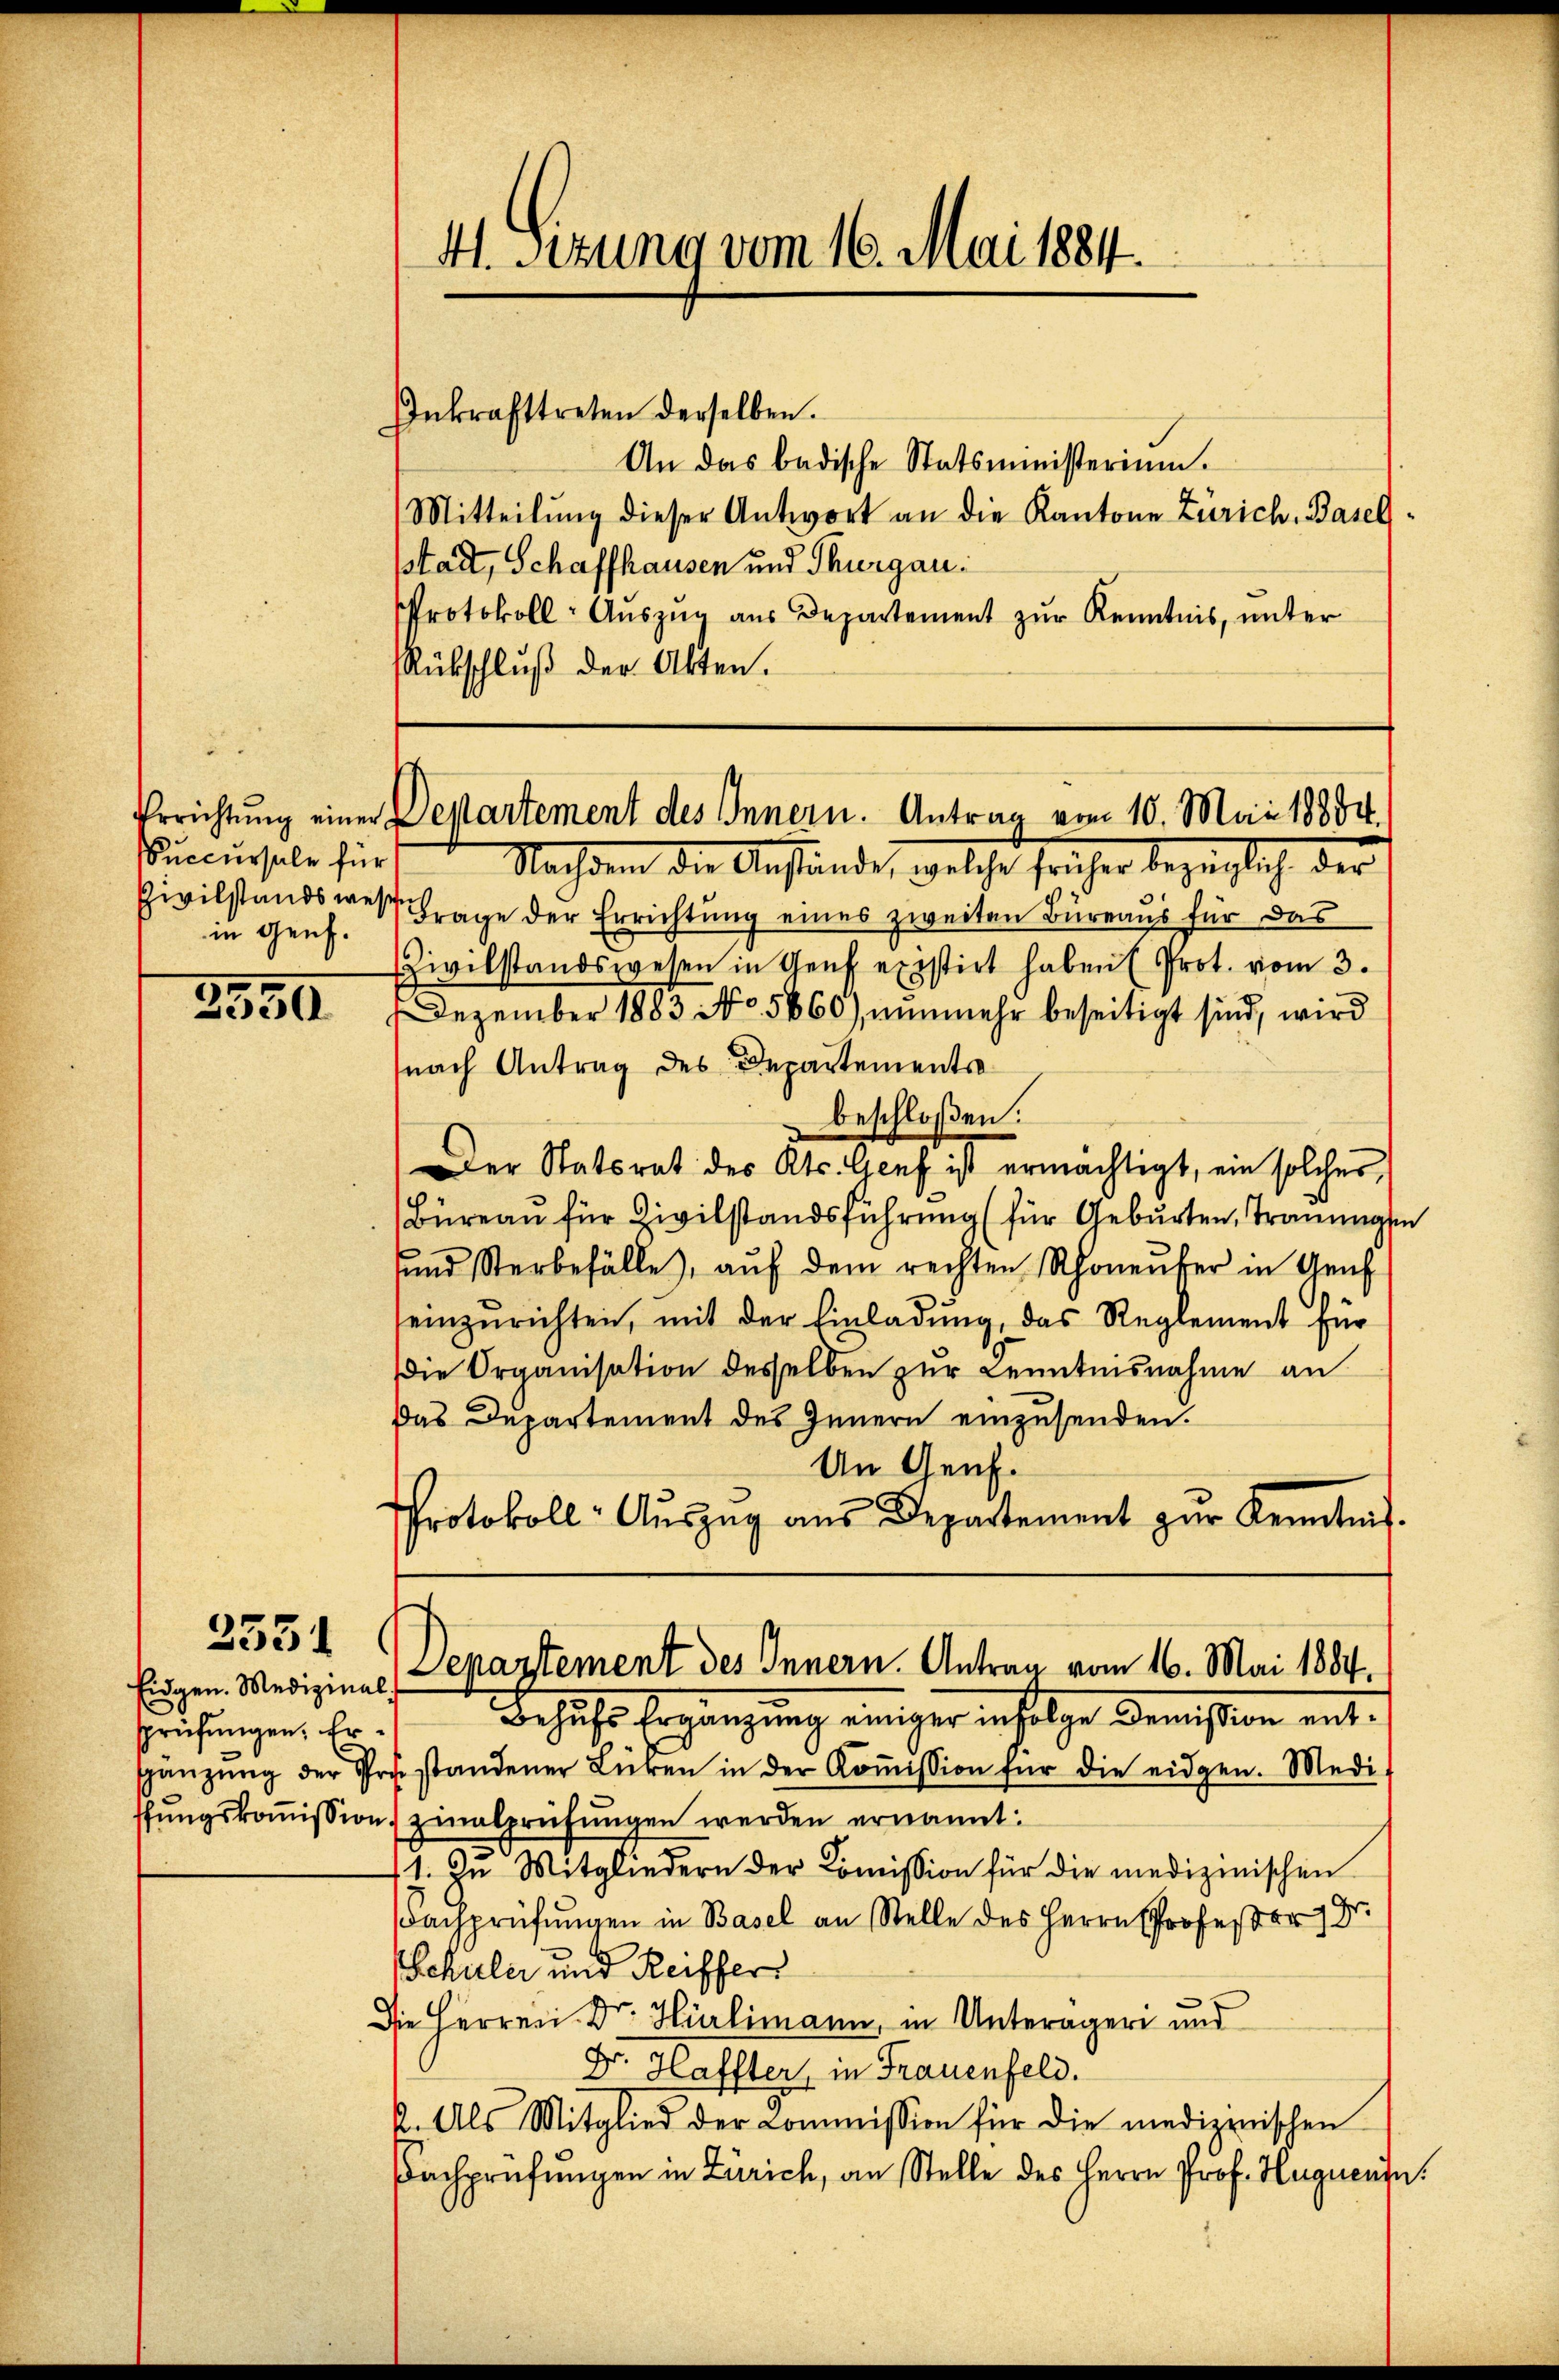
Succursale für
in Genf.

3550

3351

sprüfungen. Er

41. Sizung vom 16. Mai 1884.

Inkrafttreten derselben.

An das badische Statsministerium.
Mitteilŭng dieser Antwort an die Kantone Zürich, Basel
sstadt, Schaffhausen und Thurgau.
Protokoll- Auszug aus Departement zur Kenntnis, unter
Rückschluß der Akten.

Errichtung einer Departement des Innern. Antrag vom 10. Mai 18884.

Nachdem die Anstände, welche früher bezüglich der
Pivilstands wesen Frage der Errichtung eines zweiten Büreaus für das
Civilstandswesen in Genf existirt haben (Prot. vom 3.
Dezember 1883 No 5860), nunmehr beseitigt sind, wird
nach Antrag des Departementsbeschloßen:
Der Statsrat des Kts. Genf ist ermächtigt, ein solcher
Büreau für Civilstandsführung (für Geburten, Trauungen
ŭnd Sterbefälle, aŭf dem rechten Schoneŭfer in Genf
seinzurichten, mit der Einladŭng, das Reglement für
Die Organisation desselben zur Kenntnisnahme an
Das Departement des Innern einzusenden.
An Genf.
Protokoll-Aŭszŭg aŭs Departement zur Kenntnis.

Eidgen. Medizinal, Departement des Innern. Antrag vom 16. Mai 1884.

Besuchts Ergänzung einiger infolge Demission entsänzŭng der Postandener Lücken in der Koṁission für die eidgen. Medit
ffungskoṁission zinalprüfungen werden ernannt:
t. In Mitgliedern der Koṁission für die medizinischen
achprüfŭngen in Basel an Stelle des Herrn Professor Dr.
Schuler und Reiffer
Die Herren Dr. Hürlimann, in Unterägeri und
Dr. Haffter, in Frauenfeld.
2. Als Mitglied der Commission für die medizerischen
Dachprüfungen in Zürich, an Stelle des Herrn Prof. Huguente